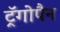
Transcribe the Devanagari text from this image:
ट्रॅगोपैन